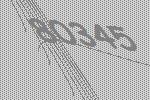
80345